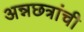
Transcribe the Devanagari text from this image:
अन्नछत्रांची